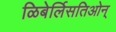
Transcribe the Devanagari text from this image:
ळिबेर्लिसतिओन्